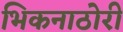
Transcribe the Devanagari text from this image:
भिकनाठोरी